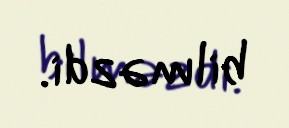
bilməzdi.